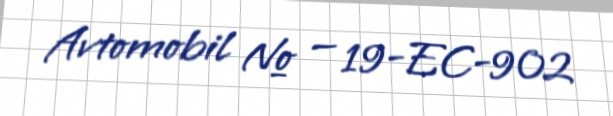
Avtomobil № — 19-EC-902